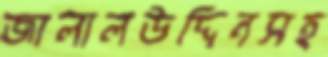
জালালউদ্দিনসহ